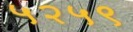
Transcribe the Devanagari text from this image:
५२५९